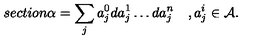
{ s e c t i o n } \alpha = \sum _ { j } a _ { j } ^ { 0 } d a _ { j } ^ { 1 } \dots d a _ { j } ^ { n } \quad , a _ { j } ^ { i } \in { \cal A } .